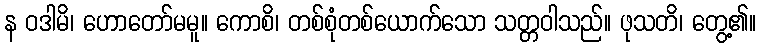
န ဝဒါမိ၊ ဟောတော်မမူ။ ကောစိ၊ တစ်စုံတစ်ယောက်သော သတ္တဝါသည်။ ဖုသတိ၊ တွေ့၏။